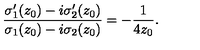
\frac { { \sigma } _ { 1 } ^ { \prime } ( z _ { 0 } ) - i { \sigma } _ { 2 } ^ { \prime } ( z _ { 0 } ) } { { \sigma } _ { 1 } ( z _ { 0 } ) - i { \sigma } _ { 2 } ( z _ { 0 } ) } = - \frac { 1 } { 4 z _ { 0 } } .